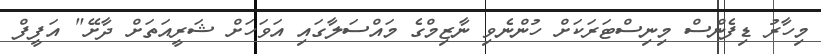
މިހާރު ޑިފެންސް މިނިސްޓަރަކަށް ހުންނެވި ނާޒިމްގެ މައްސަލާގައި އަވަހަށް ޝަރީއަތަށް ދާށޭ" އަފީފް